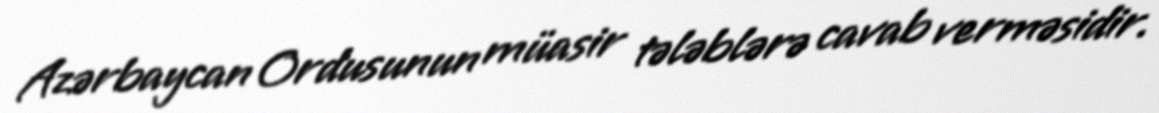
Azərbaycan Ordusunun müasir tələblərə cavab verməsidir.